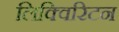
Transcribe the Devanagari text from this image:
लिक्विरिटन